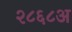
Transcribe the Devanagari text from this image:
२८६८अ